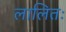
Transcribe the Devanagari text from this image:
लालितः